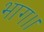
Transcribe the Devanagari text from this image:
भाग।।